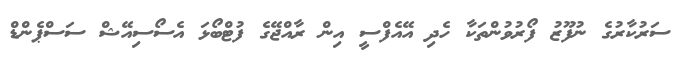
ސަރުކާރުގެ ނުފޫޒު ފޯރުވުންތަކާ ހެދި އޭއެފްސީ އިން ރާއްޖޭގެ ފުޓްބޯޅަ އެސޯސިއޭޝް ސަސްޕެންޑް